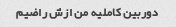
دوربین کاملیه من ازش راضیم